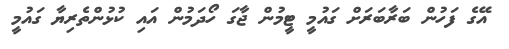
އޭގެ ފަހުން ބަރާބަރަށް ގައުމީ ޓީމުން ޖާގަ ހޯދަމުން އައި ކުޅުންތެރިޔާ ގައުމީ